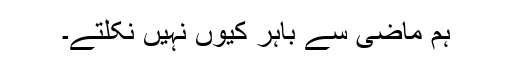
ہم ماضی سے باہر کیوں نہیں نکلتے۔